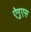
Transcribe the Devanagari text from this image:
ऐगुएस